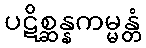
ပဋိစ္ဆန္နကမ္မန္တံ